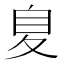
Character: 𮶖